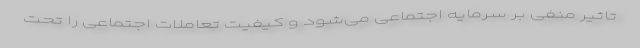
تاثیر منفی بر سرمایه اجتماعی می‌شود و کیفیت تعاملات اجتماعی را تحت